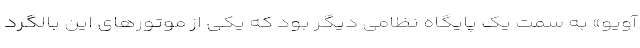
آویو» به سمت یک پایگاه نظامی دیگر بود که یکی از موتورهای این بالگرد